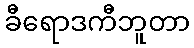
ခီရောဒကီဘူတာ